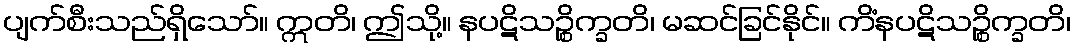
ပျက်စီးသည်ရှိသော်။ ဣတိ၊ ဤသို့။ နပဋိသဉ္စိက္ခတိ၊ မဆင်ခြင်နိုင်။ ကိံနပဋိသဉ္စိက္ခတိ၊